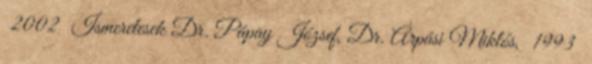
2002 Ismeretesek Dr. Pápay József, Dr. Árpási Miklós, 1993